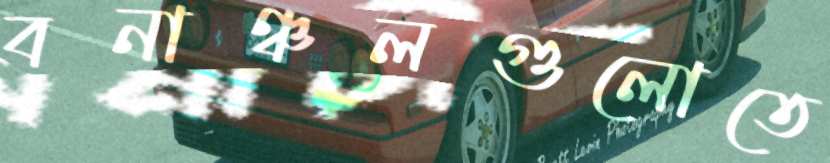
বনাঞ্চলগুলোতে